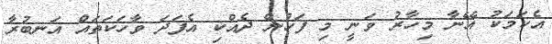
އެކަމަކު އޭނާ މިހާރު ވަނީ މި ފަހުން ދެއްކި އެފަދަ ވާހަކަތައް އަނބުރާ